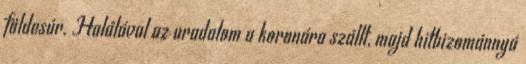
földesúr. Halálával az uradalom a koronára szállt, majd hitbizománnyá